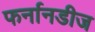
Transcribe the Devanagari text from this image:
फर्नानडीज